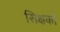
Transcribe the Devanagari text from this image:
सिक्षकों